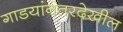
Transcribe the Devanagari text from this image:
गाडयांनंतरदेखील